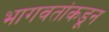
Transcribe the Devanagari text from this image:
भागवतांकडून